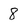
Character: 8